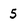
Character: 5